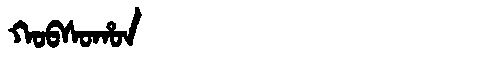
Manchu: ᡴᠣᠪᠰᠣᡥᠣᠨ
Romanization: KOBSOHON